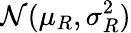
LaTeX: \mathcal{N}(\mu_{R},\sigma_{R}^{2})